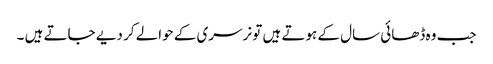
جب وہ ڈھائی سال کے ہوتے ہیں تو نرسری کے حوالے کر دیے جاتے ہیں ۔